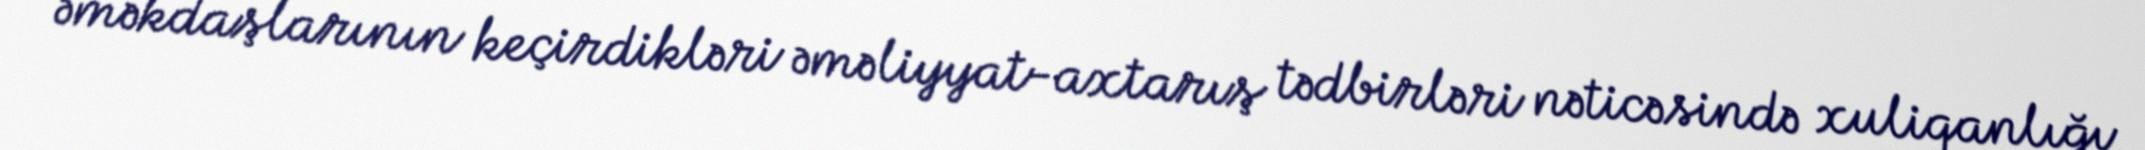
əməkdaşlarının keçirdikləri əməliyyat-axtarış tədbirləri nəticəsində xuliqanlığı